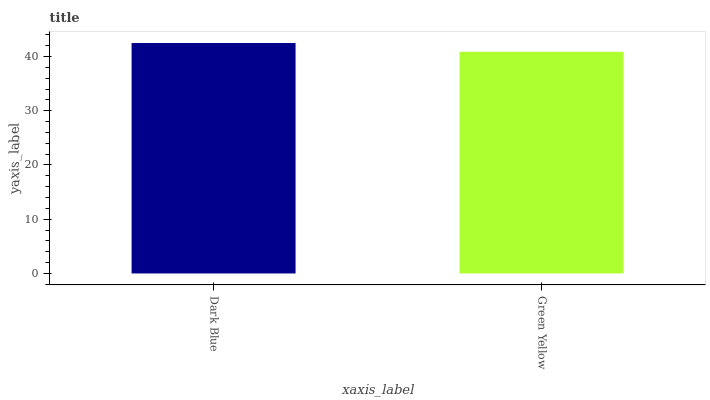
| xaxis_label | bars |
 | --- | --- |
 | Dark Blue | 42.5 |
 | Green Yellow | 40.9 |